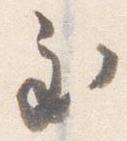
至